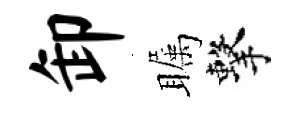
卸瞩擊